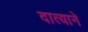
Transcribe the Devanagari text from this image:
दात्याने